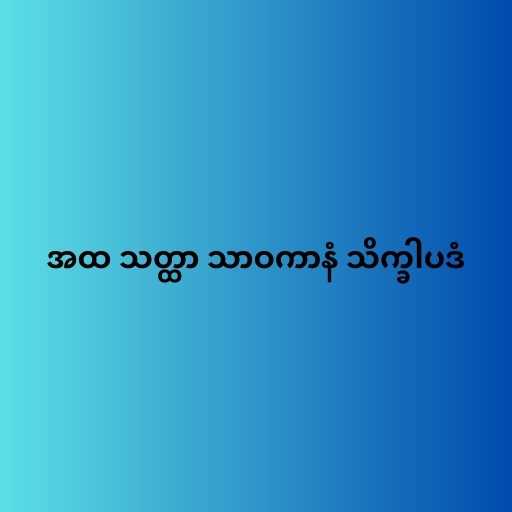
အထ သတ္ထာ သာဝကာနံ သိက္ခါပဒံ